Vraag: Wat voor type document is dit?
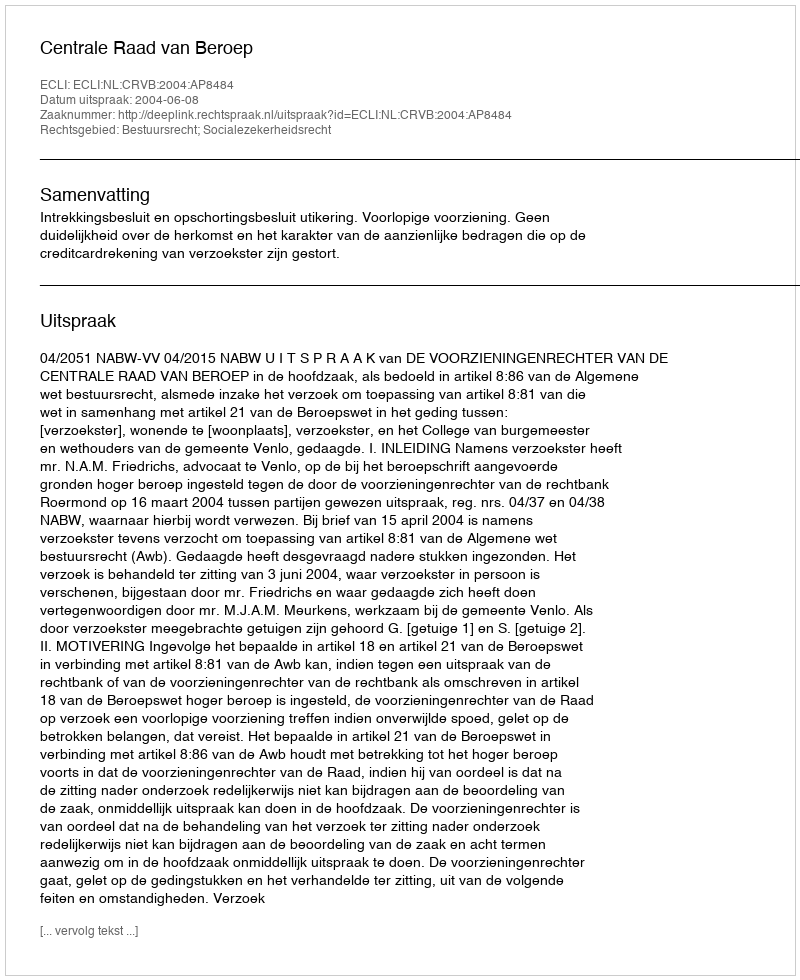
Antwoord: Uitspraak